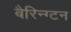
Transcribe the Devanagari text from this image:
बैरिन्ग्टन